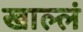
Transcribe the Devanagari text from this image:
खाल्लं